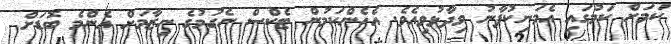
ކަމަށް ކަމުގައި އެމަނިކުފާނު ވިދާޅުވިއެވެ. އެހެންކަމުން ޓެކްސް ނެގުމުގެ ނިޒާމަށް އެންމެ ބޮޑަށް